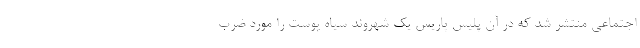
اجتماعی منتشر شد که در آن پلیس پاریس یک شهروند سیاه پوست را مورد ضرب